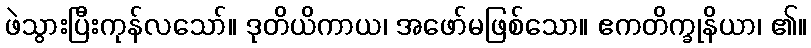
ဖဲသွားပြီးကုန်လသော်။ ဒုတိယိကာယ၊ အဖော်မဖြစ်သော။ ဧကတိက္ခုနိယာ၊ ၏။